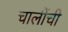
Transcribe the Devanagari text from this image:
चालींची